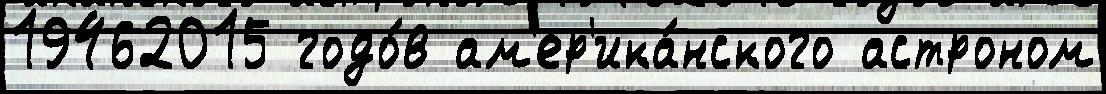
19462015 годо́в ам'ер'ика́нского астроном